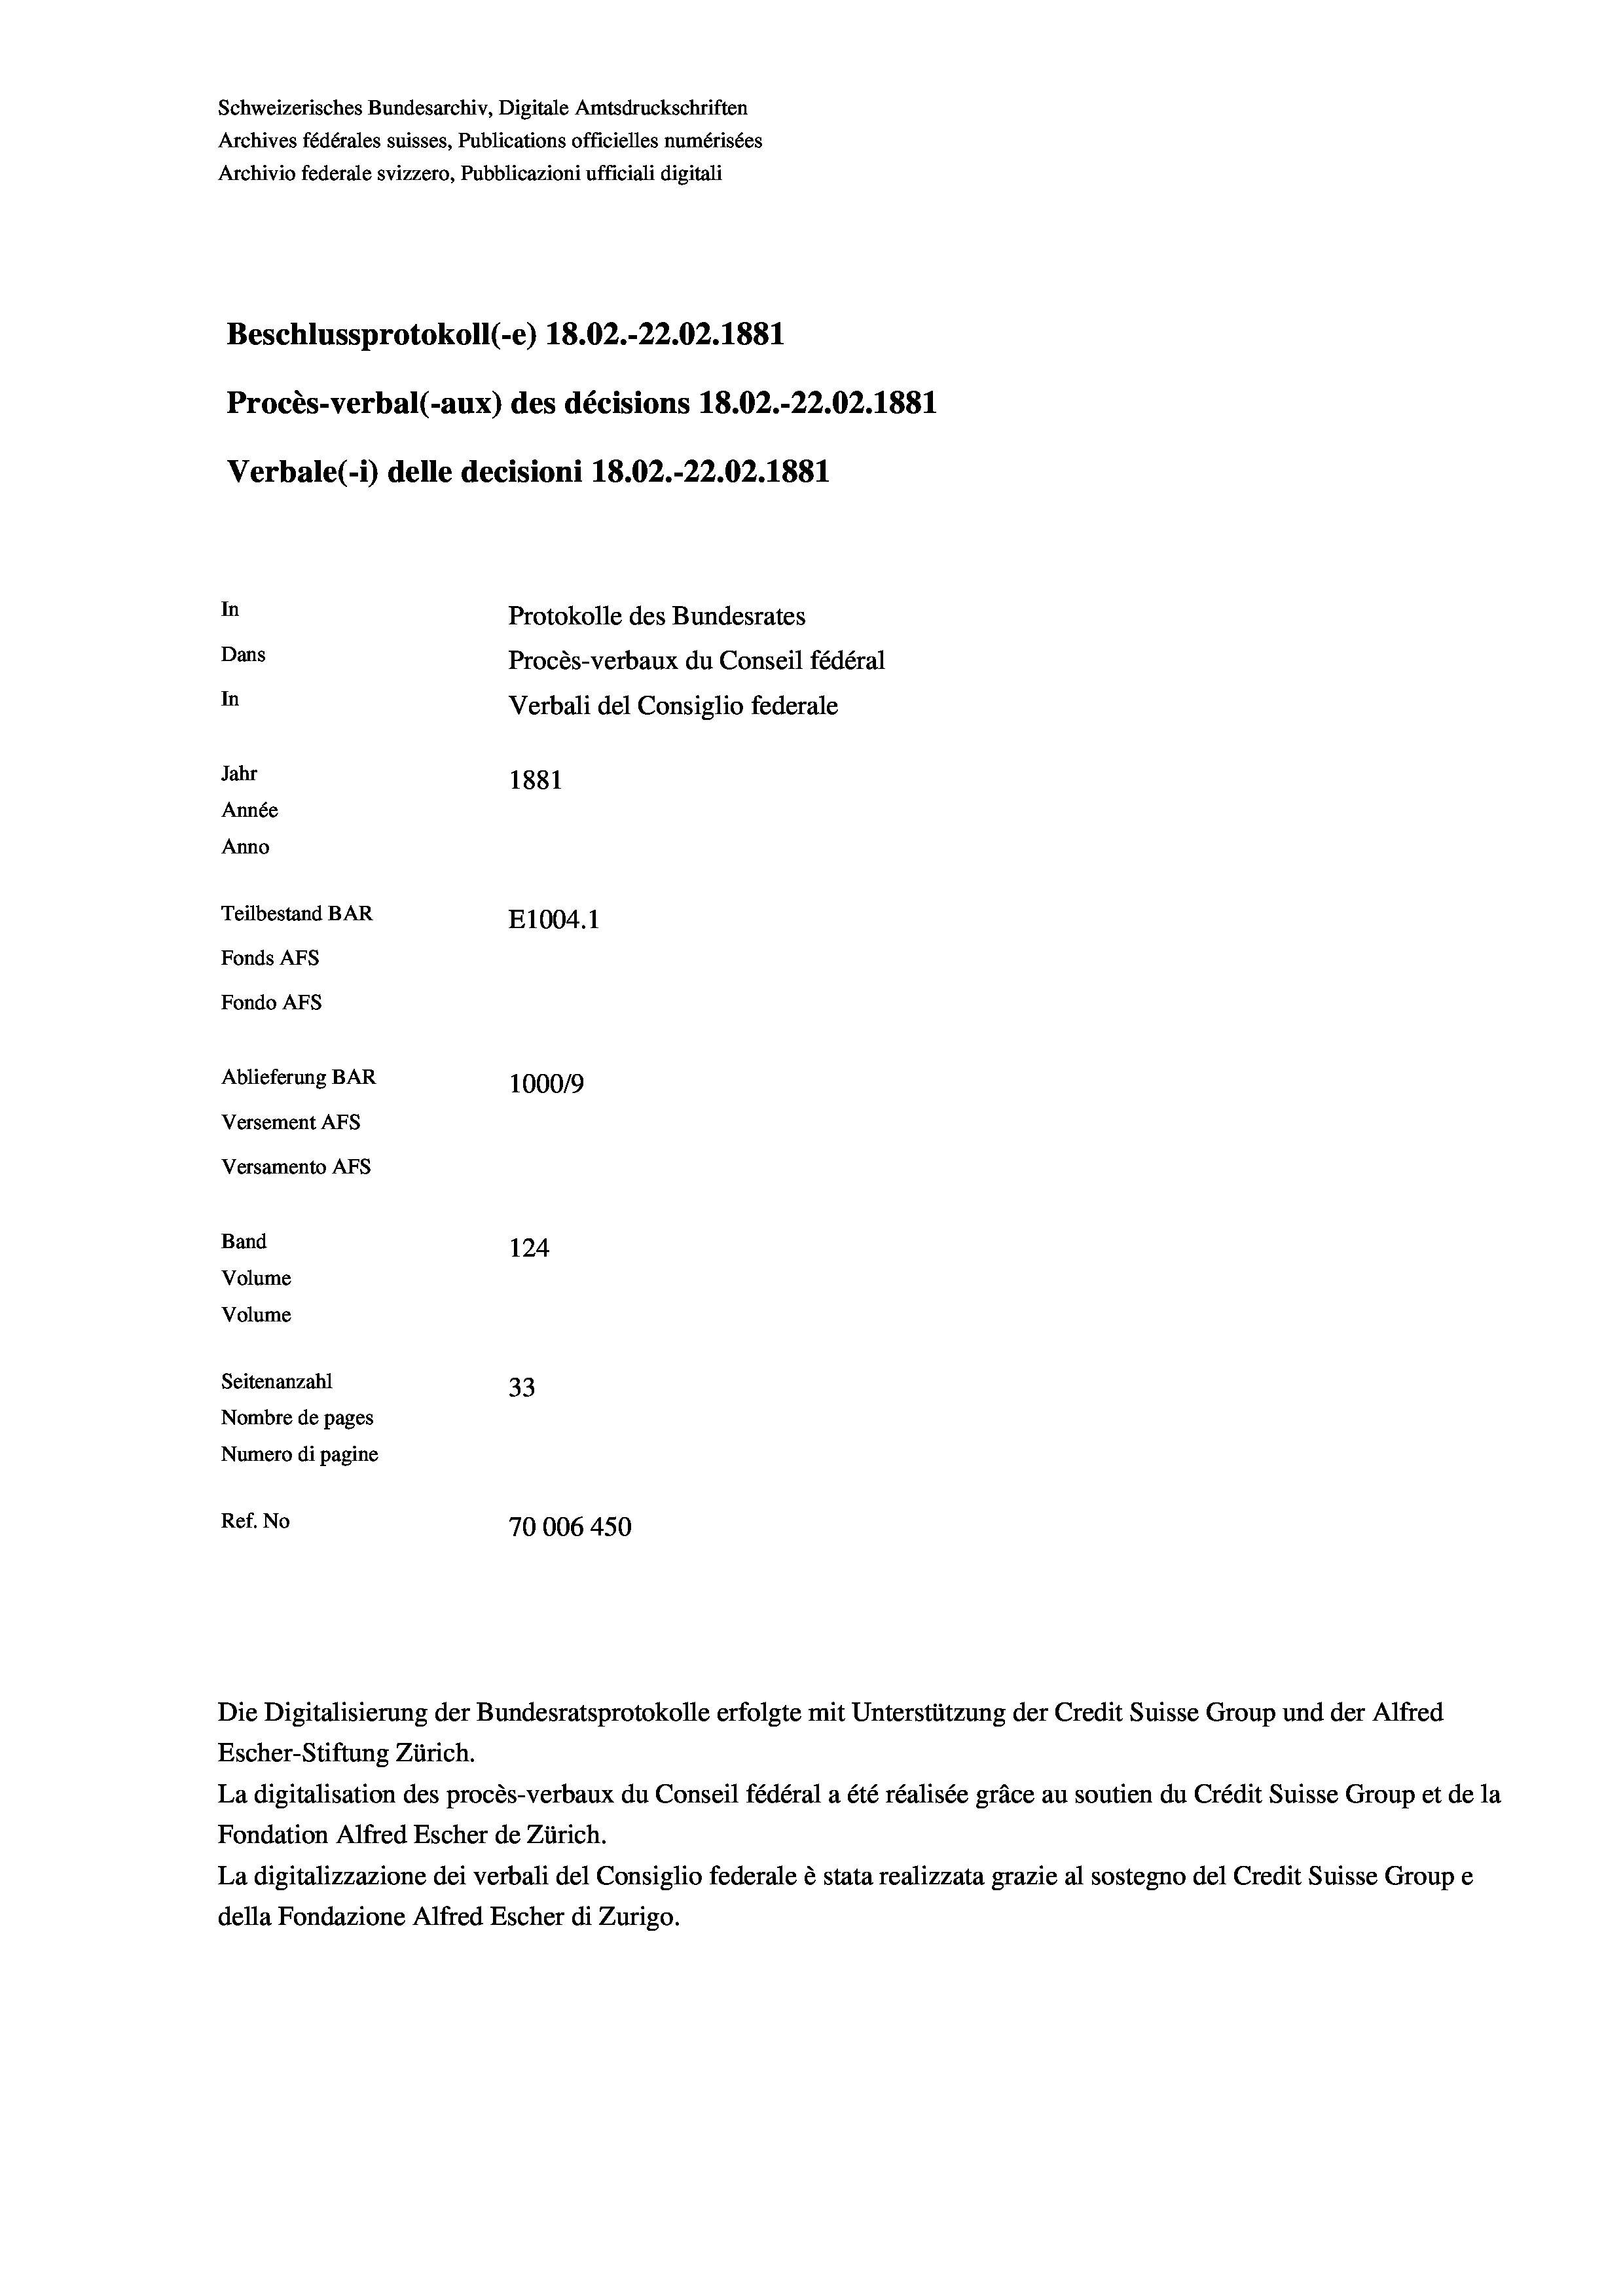
Schweizerisches Bundesarchiv, Digitale Amtsdruckschriften
Archives fédérales suisses, Publications officielles numérisées
Archivio federale svizzero, Pubblicazioni ufficiali digitali
Beschlussprotokoll (-e) 18.02.-22.02. 1881
Procès-verbal (-aux) des décisions 18.02.-22.02. 1881
Verbale (- 1) delle decisioni 18.02.-22.02. 1881
In
Protokolle des Bundesrates
Dans
Procès-verbaux du Conseil fédéral
In
Verbali del Consiglio federale
Jahr
1881
Année
Anno
Teilbestand BAR
E1004.1
Fonds AFs
Fondo Afs
Ablieferung BAR
100019
Versement AFs
Versamento Afs
Band
124
Volume
Volume

Seitenanzahl
33
Nombre de pages
Numero di pagine
Ref. No
70006 450

Escher-Stiftung Zürich.
La digitalisation des procès-verbaux du Conseil fédéral a été réalisée gräce au soutien du Crédit Suisse Group et de la
Fondation Alfred Escher de Zürich.
La digitalizzazione dei verbali del Consiglio federale è stata realizzata grazie al sostegno del Credit Suisse Groupe
della Fondazione Alfred Escher di Zurigo.

Die Digitalisierung der Bundesratsprotokolle erfolgte mit Unterstützung der Credit Suisse Group und der Alfred